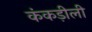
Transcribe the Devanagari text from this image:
कंकड़ीली